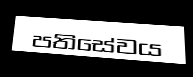
පතිසේවය